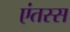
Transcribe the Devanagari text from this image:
एंतस्स